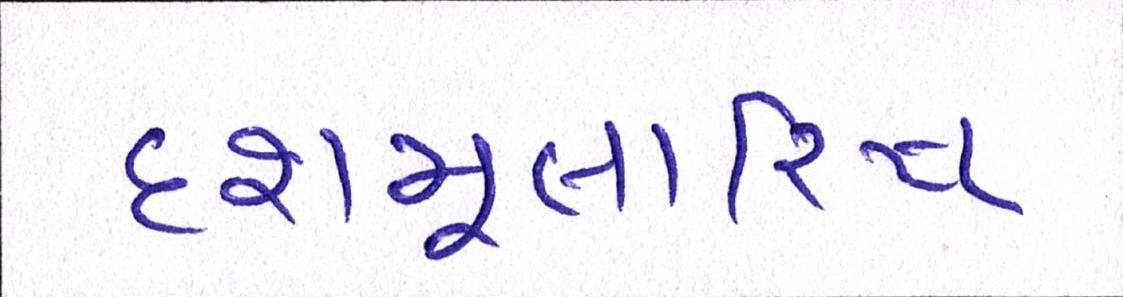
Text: દશમૂલારિષ્ટ